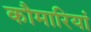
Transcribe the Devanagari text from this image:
कौमारियां